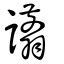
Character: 譾